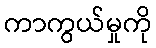
ကာကွယ်မှုကို